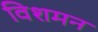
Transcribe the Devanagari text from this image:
विशमन